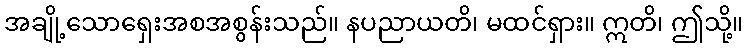
အချို့သောရှေးအစအစွန်းသည်။ နပညာယတိ၊ မထင်ရှား။ ဣတိ၊ ဤသို့။